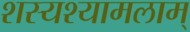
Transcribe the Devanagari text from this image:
शस्यश्यामलाम्